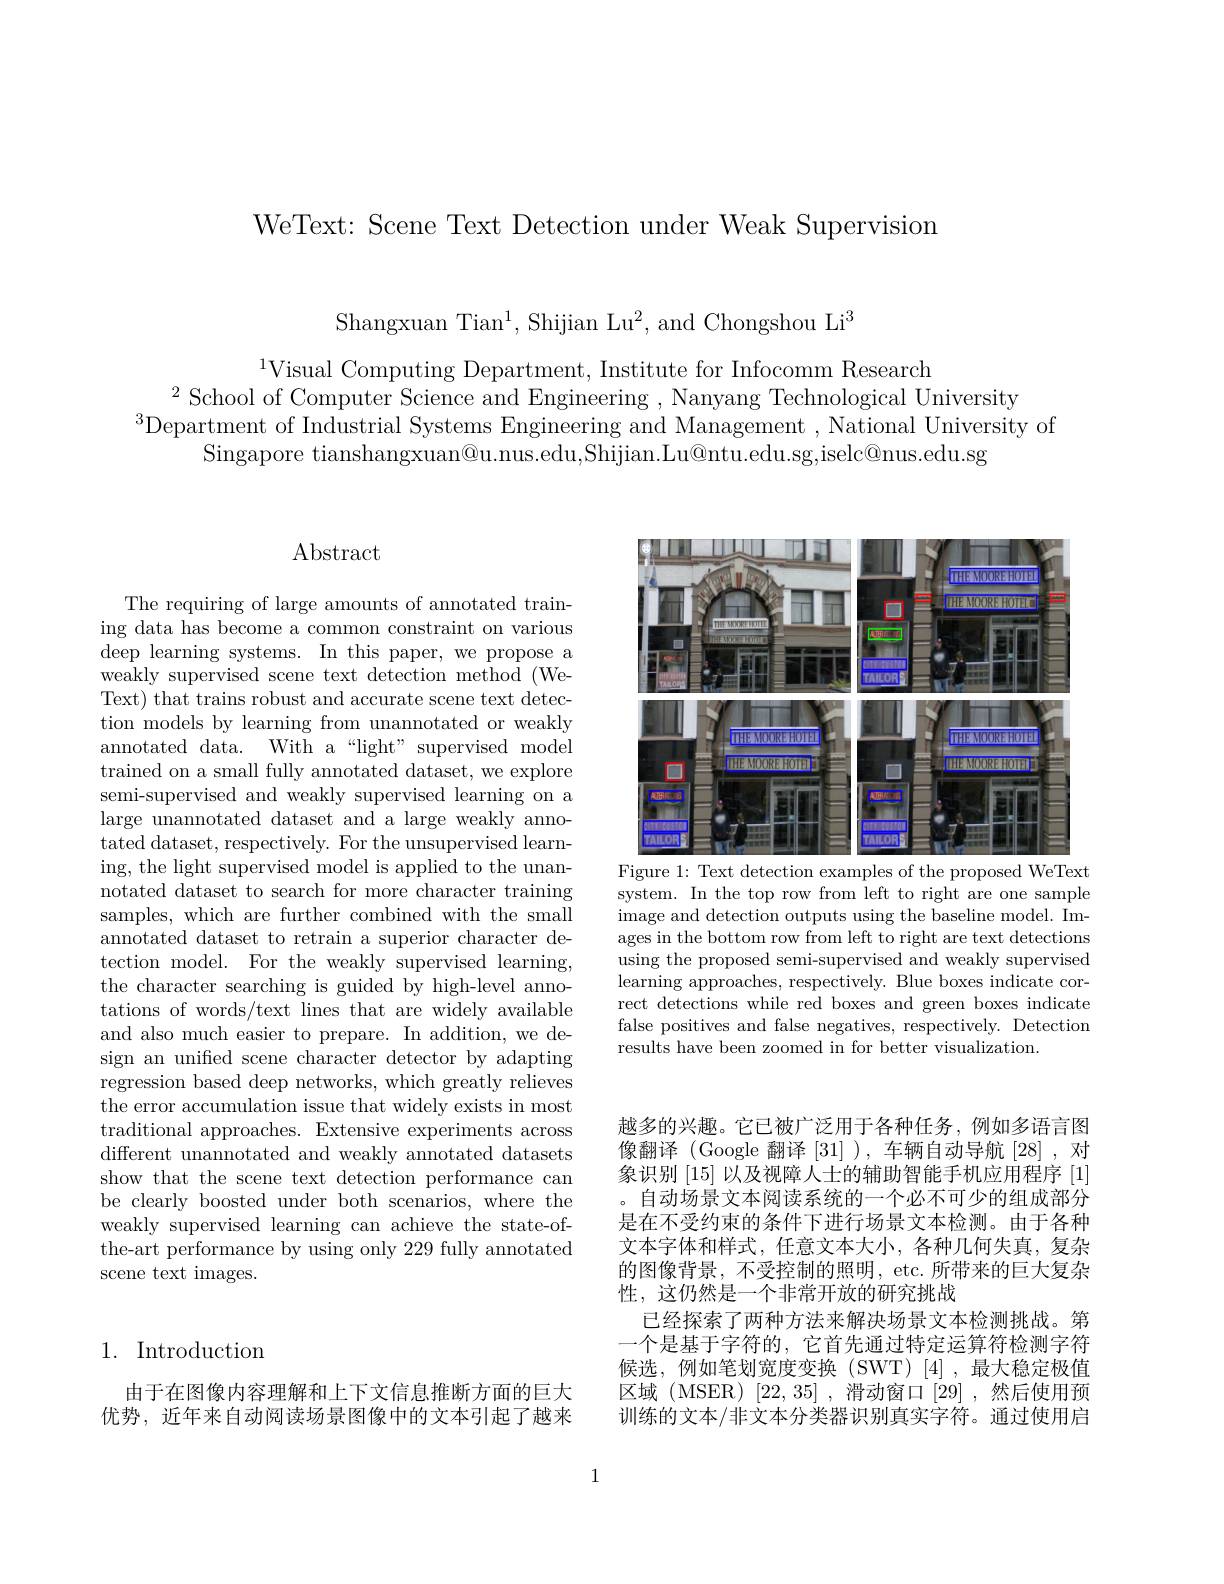
WeText: Scene Text Detection under Weak Supervision

Shangxuan Tian$^1$, Shijian Lu$^2$, and Chongshou Li$^3$

$^{1}$Visual Computing Department, Institute for Infocomm Research
$^{2}$ School of Computer Science and Engineering , Nanyang Technological University
$^{3}$Department of Industrial Systems Engineering and Management ,National University of
Singapore tianshangxuan@u.nus.edu,Shijian.Lu@ntu.edu.sg,iselc@nus.edu.sg

# $\operatorname{Abstract}$

The requiring of large amounts of annotated training data has become a common constraint on various deep learning systems. In this paper, we propose a weakly supervised scene text detection method (WeText) that trains robust and accurate scene text detection models by learning from unannotated or weakly annotated data. With a “light” supervised model trained on a small fully annotated dataset, we explore semi-supervised and weakly supervised learning on a large unannotated dataset and a large weakly annotated dataset, respectively. For the unsupervised learning, the light supervised model is applied to the unannotated dataset to search for more character training samples, which are further combined with the small annotated dataset to retrain a superior character detection model. For the weakly supervised learning, the character searching is guided by high-level annotations of words/text lines that are widely available and also much easier to prepare. In addition, we design an unified scene character detector by adapting regression based deep networks, which greatly relieves the error accumulation issue that widely exists in most traditional approaches. Extensive experiments across different unannotated and weakly annotated datasets show that the scene text detection performance can be clearly boosted under both scenarios, where the weakly supervised learning can achieve the state-ofthe-art performance by using only 229 fully annotated scene text images.

## 1. Introduction

由于在图像内容理解和上下文信息推断方面的巨大优势，近年来自动阅读场景图像中的文本引起了越来

<FigureHere>
Figure 1: Text detection examples of the proposed WeText

system. In the top row from left to right are one sample image and detection outputs using the baseline model. Images in the bottom row from left to right are text detections using the proposed semi-supervised and weakly supervised learning approaches, respectively. Blue boxes indicate correct detections while red boxes and green boxes indicate false positives and false negatives, respectively. Detection results have been zoomed in for better visualization

越多的兴趣。它已被广泛用于各种任务，例如多语言图像翻译 (Google 翻译[31] ),车辆自动导航 [28],对象识别[15]以及视障人士的辅助智能手机应用程序[1] 。自动场景文本阅读系统的一个必不可少的组成部分是在不受约束的条件下进行场景文本检测。由于各种文本字体和样式，任意文本大小，各种几何失真，复杂的图像背景，不受控制的照明，etc. 所带来的巨大复杂性，这仍然是一个非常开放的研究挑战
已经探索了两种方法来解决场景文本检测挑战。第一个是基于字符的，它首先通过特定运算符检测字符候选，例如笔划宽度变换(SWT)[4],最大稳定极值区域 (MSER) [22,35] ,滑动窗口[29] ,然后使用预训练的文本/非文本分类器识别真实字符。通过使用启

1